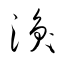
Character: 渙